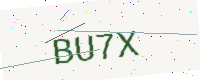
Text: BU7X